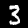
Digit: 3